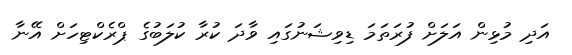
އަދި މުޅިން އަލަށް ފުރަތަމަ ޑިވިޝަނުގައި ވާދަ ކުރާ ކުލަބުގެ ޕްރެކްޓިހަށް އޭނާ